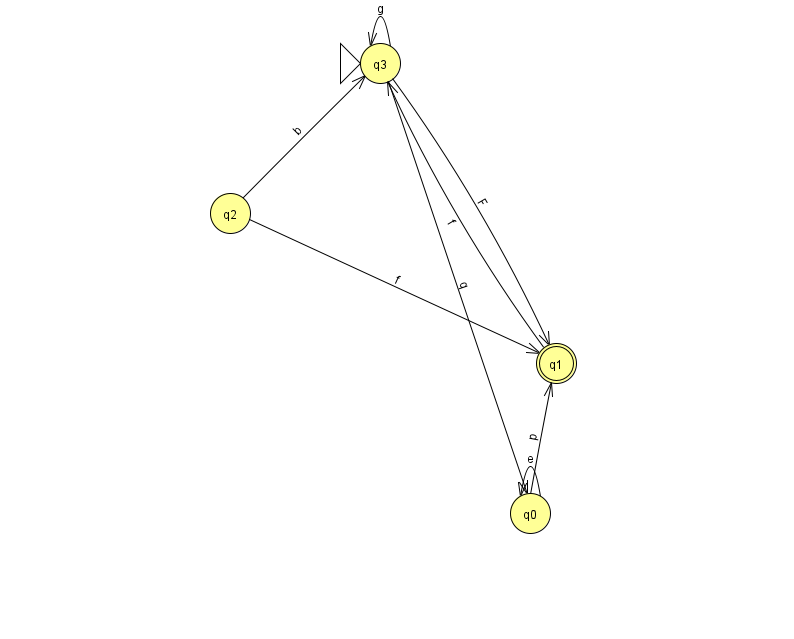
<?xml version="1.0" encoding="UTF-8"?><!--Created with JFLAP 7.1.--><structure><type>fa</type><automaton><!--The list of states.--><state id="0" name="q0"><x>530.0</x><y>500.0</y></state><state id="1" name="q1"><x>556.0</x><y>350.0</y><final/></state><state id="2" name="q2"><x>230.0</x><y>200.0</y></state><state id="3" name="q3"><x>380.0</x><y>50.0</y><initial/></state><!--The list of transitions.--><transition><from>3</from><to>0</to><read>q</read></transition><transition><from>2</from><to>3</to><read>b</read></transition><transition><from>0</from><to>0</to><read>e</read></transition><transition><from>3</from><to>3</to><read>g</read></transition><transition><from>1</from><to>3</to><read>f</read></transition><transition><from>3</from><to>1</to><read>F</read></transition><transition><from>2</from><to>1</to><read>f</read></transition><transition><from>0</from><to>1</to><read>p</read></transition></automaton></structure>